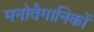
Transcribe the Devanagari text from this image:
मनोवैगानिकों